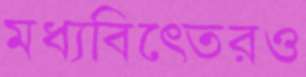
মধ্যবিত্তেরও